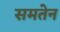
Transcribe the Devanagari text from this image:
समतेन